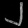
Digit: ၂